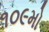
૧૦૯મો